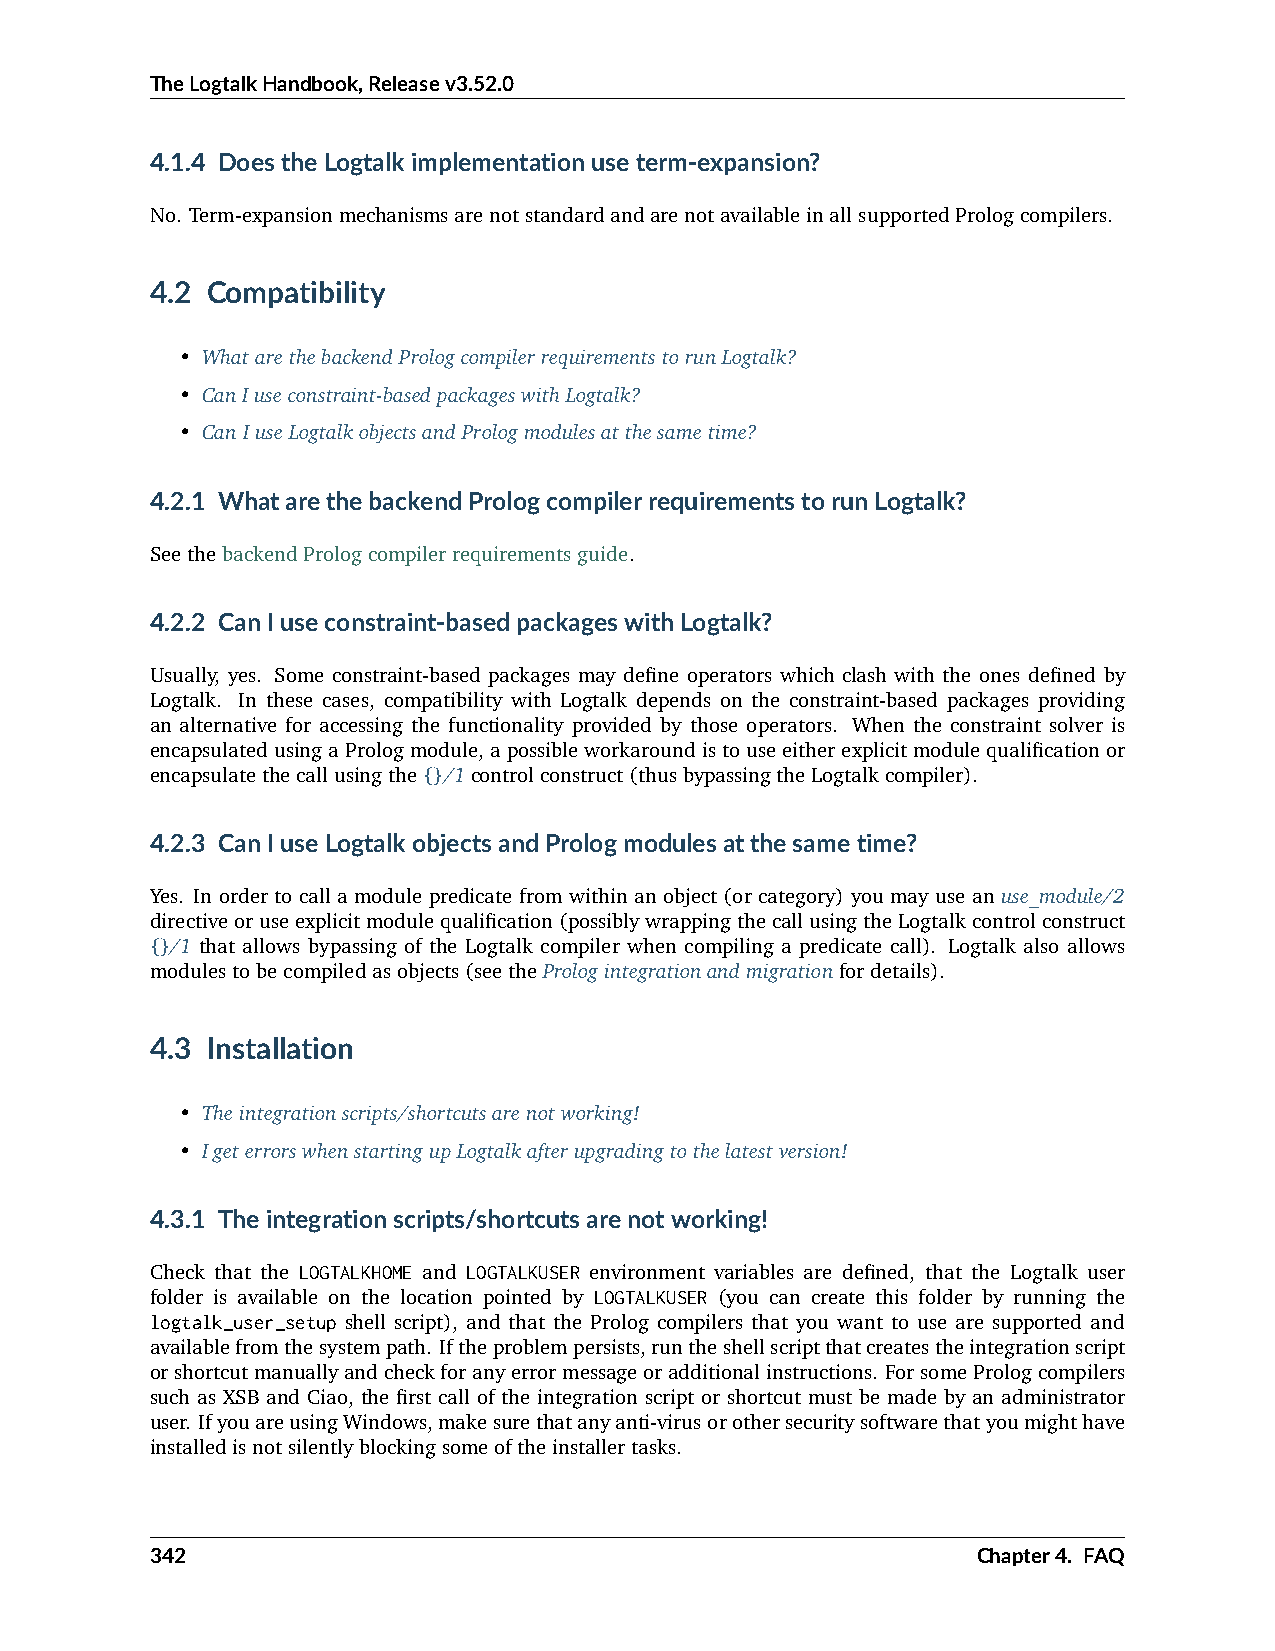
TheLogtalkHandbook,Releasev3.52.0
 4.1.4 DoestheLogtalkimplementationuseterm-expansion?
 No. Term-expansionmechanismsarenotstandardandarenotavailableinallsupportedPrologcompilers.
 4.2 Compatibility
 • WhatarethebackendPrologcompilerrequirementstorunLogtalk?
 • CanIuseconstraint-basedpackageswithLogtalk?
 • CanIuseLogtalkobjectsandPrologmodulesatthesametime?
 4.2.1 WhatarethebackendPrologcompilerrequirementstorunLogtalk?
 SeethebackendPrologcompilerrequirementsguide.
 4.2.2 CanIuseconstraint-basedpackageswithLogtalk?
 Usually, yes. Some constraint-based packages may define operators which clash with the ones defined by
 Logtalk. In these cases, compatibility with Logtalk depends on the constraint-based packages providing
 an alternative for accessing the functionality provided by those operators. When the constraint solver is
 encapsulatedusingaPrologmodule,apossibleworkaroundistouseeitherexplicitmodulequalificationor
 encapsulatethecallusingthe{}/1controlconstruct(thusbypassingtheLogtalkcompiler).
 4.2.3 CanIuseLogtalkobjectsandPrologmodulesatthesametime?
 Yes. In order to call a module predicate from within an object (or category) you may use an use_module/2
 directiveoruseexplicitmodulequalification(possiblywrappingthecallusingtheLogtalkcontrolconstruct
 {}/1 that allows bypassing of the Logtalk compiler when compiling a predicate call). Logtalk also allows
 modulestobecompiledasobjects(seethePrologintegrationandmigrationfordetails).
 4.3 Installation
 • Theintegrationscripts/shortcutsarenotworking!
 • IgeterrorswhenstartingupLogtalkafterupgradingtothelatestversion!
 4.3.1 Theintegrationscripts/shortcutsarenotworking!
 Check that the LOGTALKHOME and LOGTALKUSER environment variables are defined, that the Logtalk user
 folder is available on the location pointed by LOGTALKUSER (you can create this folder by running the
 logtalk_user_setup shell script), and that the Prolog compilers that you want to use are supported and
 availablefromthesystempath. Iftheproblempersists,runtheshellscriptthatcreatestheintegrationscript
 orshortcutmanuallyandcheckforanyerrormessageoradditionalinstructions. ForsomePrologcompilers
 such as XSB and Ciao, the first call of the integration script or shortcut must be made by an administrator
 user. IfyouareusingWindows,makesurethatanyanti-virusorothersecuritysoftwarethatyoumighthave
 installedisnotsilentlyblockingsomeoftheinstallertasks.
 342                                                    Chapter4. FAQ